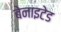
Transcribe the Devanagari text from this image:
बेनाइटेड